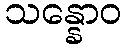
သန္နောဝ